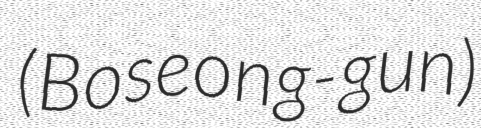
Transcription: (Boseong-gun)